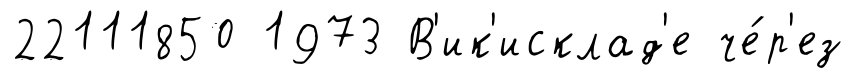
22111850 1973 В'ик'исклад'е че́р'ез